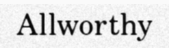
Allworthy